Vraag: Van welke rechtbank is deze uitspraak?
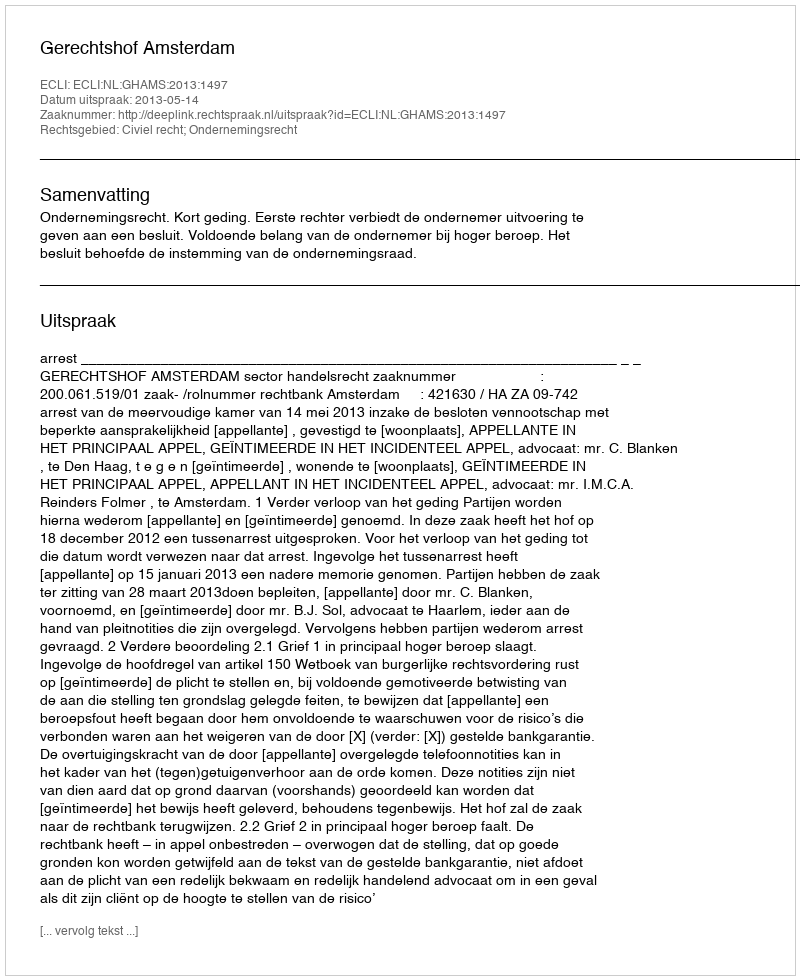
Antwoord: Gerechtshof Amsterdam